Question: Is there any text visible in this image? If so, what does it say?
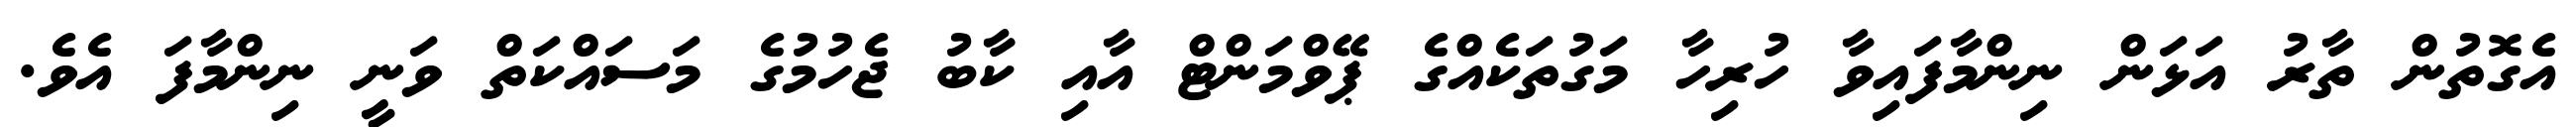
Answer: އެގޮތުން ތާރު އަޅަން ނިންމާފައިވާ ހުރިހާ މަގުތަކެއްގެ ޕޭވްމަންޓް އާއި ކާބު ޖެހުމުގެ މަސައްކަތް ވަނީ ނިންމާފަ އެވެ.